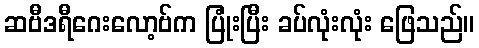
ဆဗီဒရီဂေးလော့ဗ်က ပြုံးပြီး ခပ်လုံးလုံး ဖြေသည်။